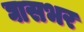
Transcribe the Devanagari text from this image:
घासभर